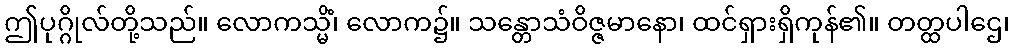
ဤပုဂ္ဂိုလ်တို့သည်။ လောကသ္မိံ၊ လောက၌။ သန္တောသံဝိဇ္ဇမာနော၊ ထင်ရှားရှိကုန်၏။ တတ္ထပါဌေ၊